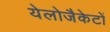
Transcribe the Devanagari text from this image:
येलोजैकेटों